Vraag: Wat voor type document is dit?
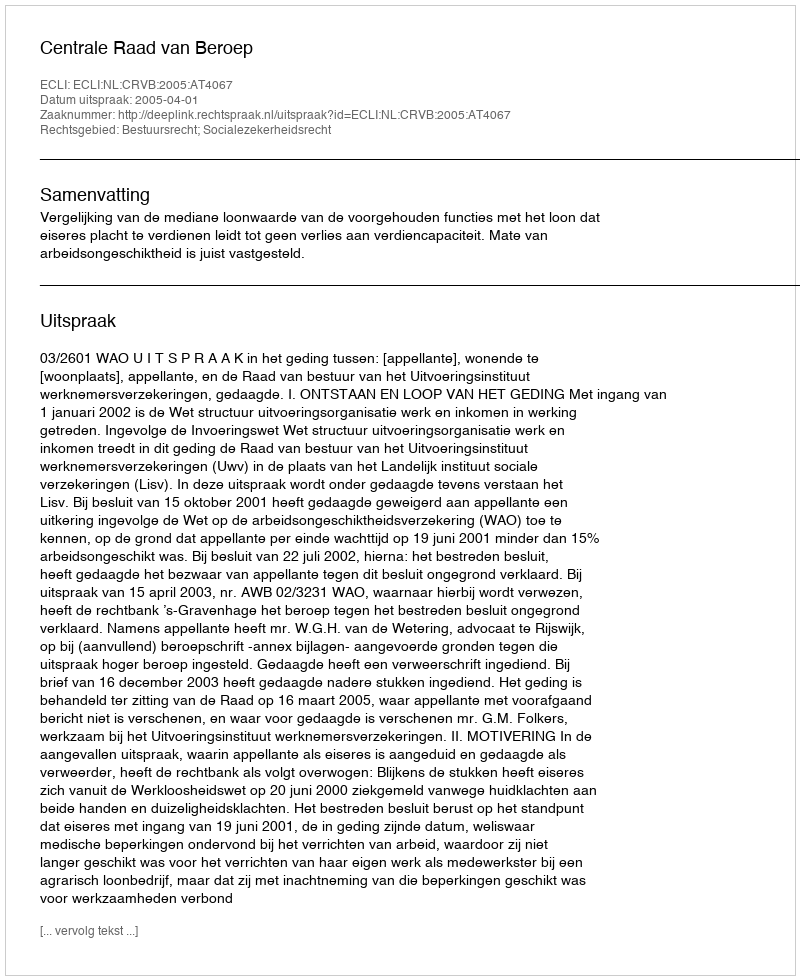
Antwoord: Uitspraak